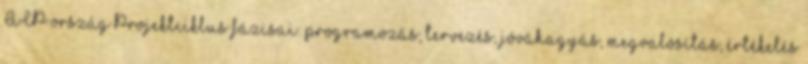
ACP ország Projektciklus fázisai: programozás, tervezés, jóváhagyás, megvalósítás, értékelés